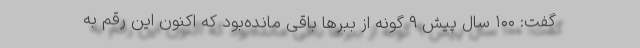
گفت: ۱۰۰ سال پیش ۹ گونه از ببرها باقی مانده‌بود که اکنون این رقم به